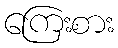
ကြေးစား